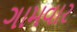
ગામવાર